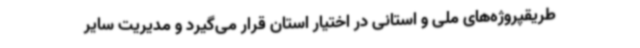
طریقپروژه‌های ملی و استانی در اختیار استان قرار می‌گیرد و مدیریت سایر